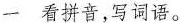
一 看拼音，写词语。